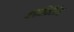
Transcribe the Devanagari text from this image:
४०सेंटिग्रेड